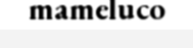
mameluco